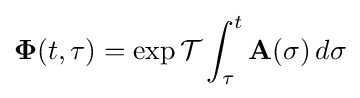
\mathbf {\Phi } (t,\tau )=\exp {\mathcal {T}}\int _{\tau }^{t}\mathbf {A} (\sigma )\,d\sigma